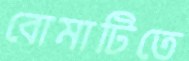
বোমাটিতে